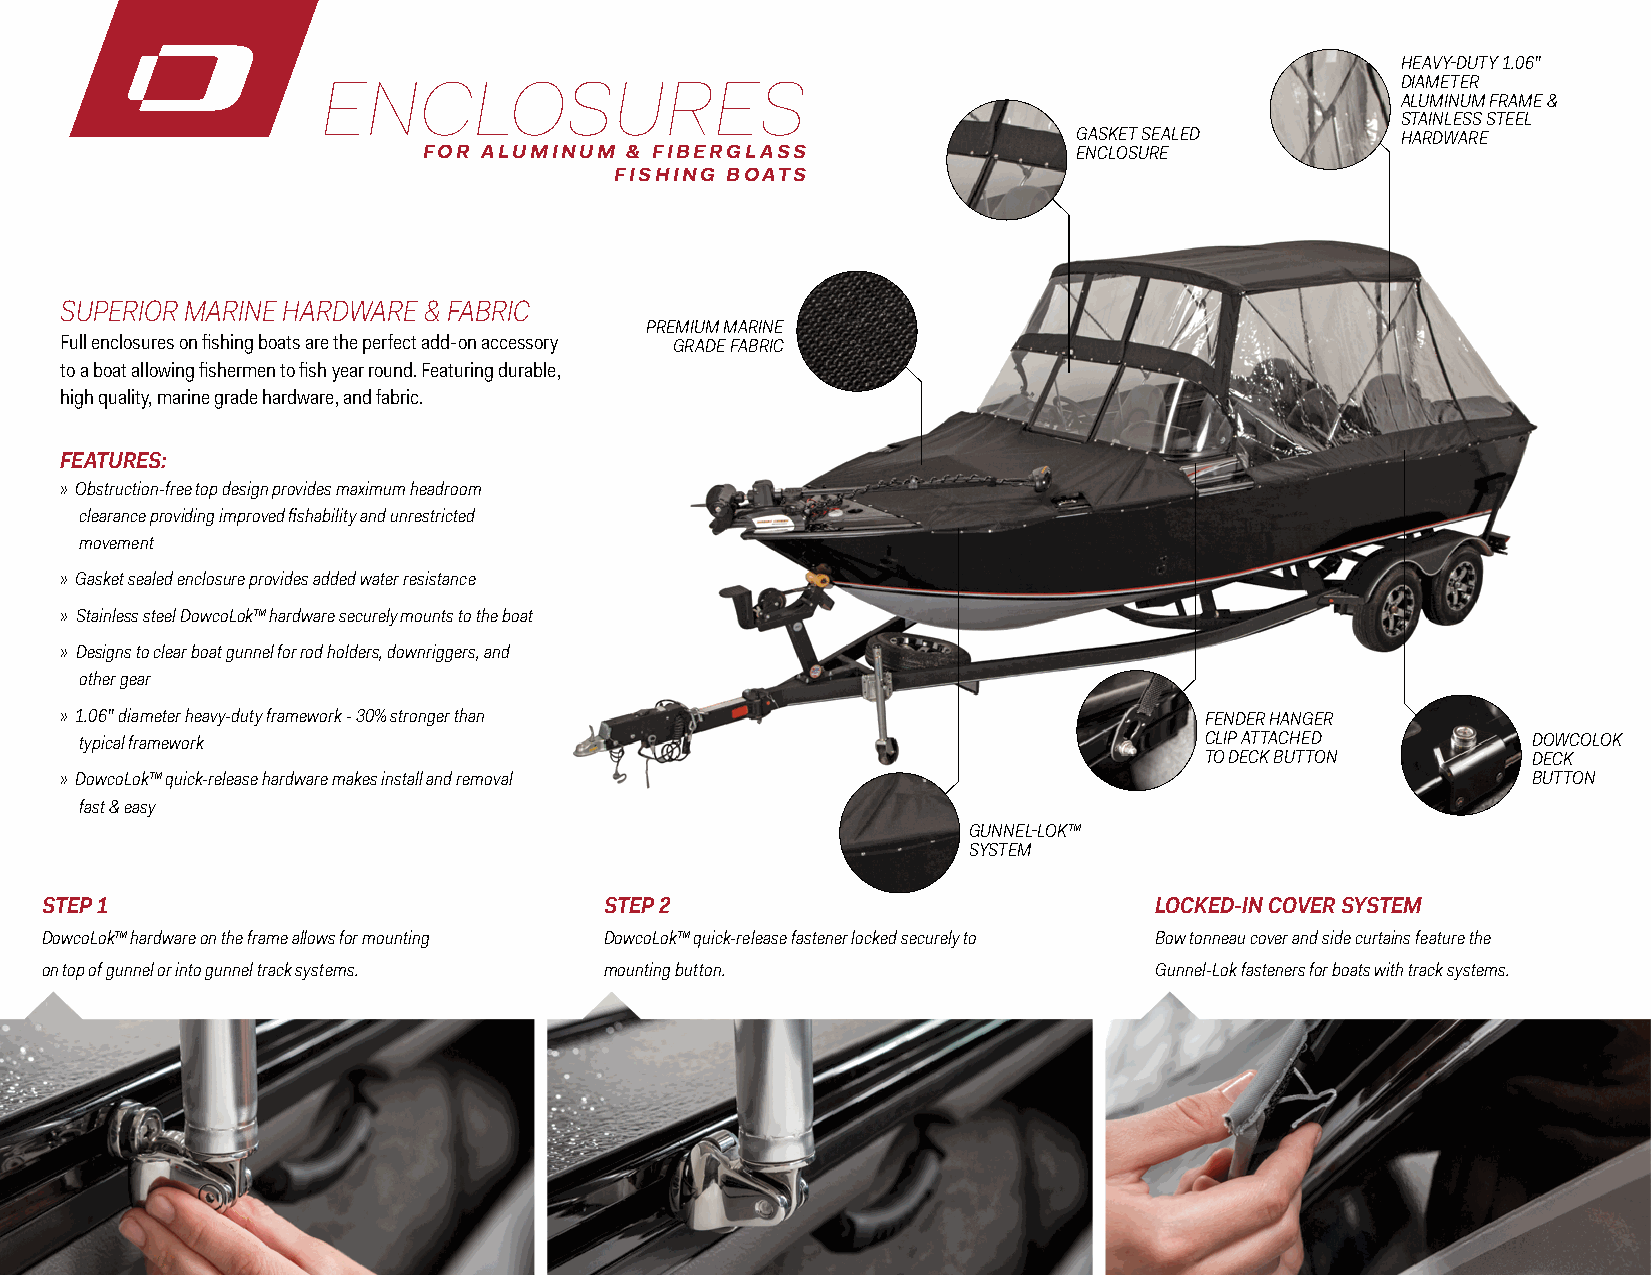
HEAVY-DUTY 1.06”
 DIAMETER
 ENCLOSURES
 ALUMINUM FRAME &
 STAINLESS STEEL
 GASKET SEALED         HARDWARE
 FOR ALUMINUM & FIBERGLASS                  ENCLOSURE
 FISHING BOATS
 SUPERIOR MARINE HARDWARE & FABRIC
 PREMIUM MARINE
 Full enclosures on fishing boats are the perfect add-on accessory GRADE FABRIC
 to a boat allowing fishermen to fish year round. Featuring durable,
 high quality, marine grade hardware, and fabric.
 FEATURES:
 » Obstruction-free top design provides maximum headroom
 clearance providing improved fishability and unrestricted
 movement
 » Gasket sealed enclosure provides added water resistance
 » Stainless steel DowcoLok™ hardware securely mounts to the boat
 » Designs to clear boat gunnel for rod holders, downriggers, and
 other gear
 » 1.06” diameter heavy-duty framework - 30% stronger than                   FENDER HANGER
 typical framework                                                          CLIP ATTACHED        DOWCOLOK
 TO DECK BUTTON       DECK
 » DowcoLok™ quick-release hardware makes install and removal                                     BUTTON
 fast & easy
 GUNNEL-LOK™
 SYSTEM
 STEP 1                               STEP 2                              LOCKED-IN COVER SYSTEM
 DowcoLok™ hardware on the frame allows for mounting DowcoLok™ quick-release fastener locked securely to Bow tonneau cover and side curtains feature the
 on top of gunnel or into gunnel track systems. mounting button.          Gunnel-Lok fasteners for boats with track systems.